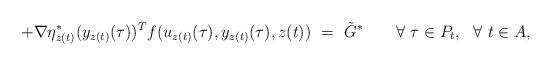
LaTeX: \begin{align*} + \nabla \eta^*_{z(t)} (y_{z(t)}(\tau))^T f(u_{z(t)}(\tau),y_{z(t)}(\tau) , z(t)) \ = \ \tilde G^* \ \ \ \ \ \ \forall \ \tau\in P_t, \ \ \forall \ t\in A,\end{align*}